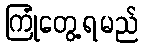
ကြုံတွေ့ရမည်